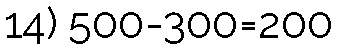
14) 500-300=200